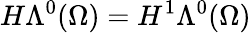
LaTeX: H\Lambda^{0}(\Omega)=H^{1}\Lambda^{0}(\Omega)